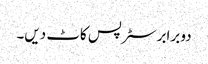
دو برابر سٹرپس کاٹ دیں۔